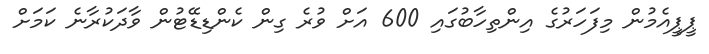
ޕީޕީއެމުން މިފަހަރުގެ އިންތިހާބުގައި 600 އަށް ވުރެ ގިން ކެންޑިޑޭޓުން ވާދަކުރާނެ ކަމަށް